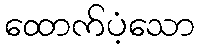
ထောက်ပံ့သော